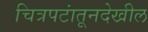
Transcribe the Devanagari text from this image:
चित्रपटांतूनदेखील